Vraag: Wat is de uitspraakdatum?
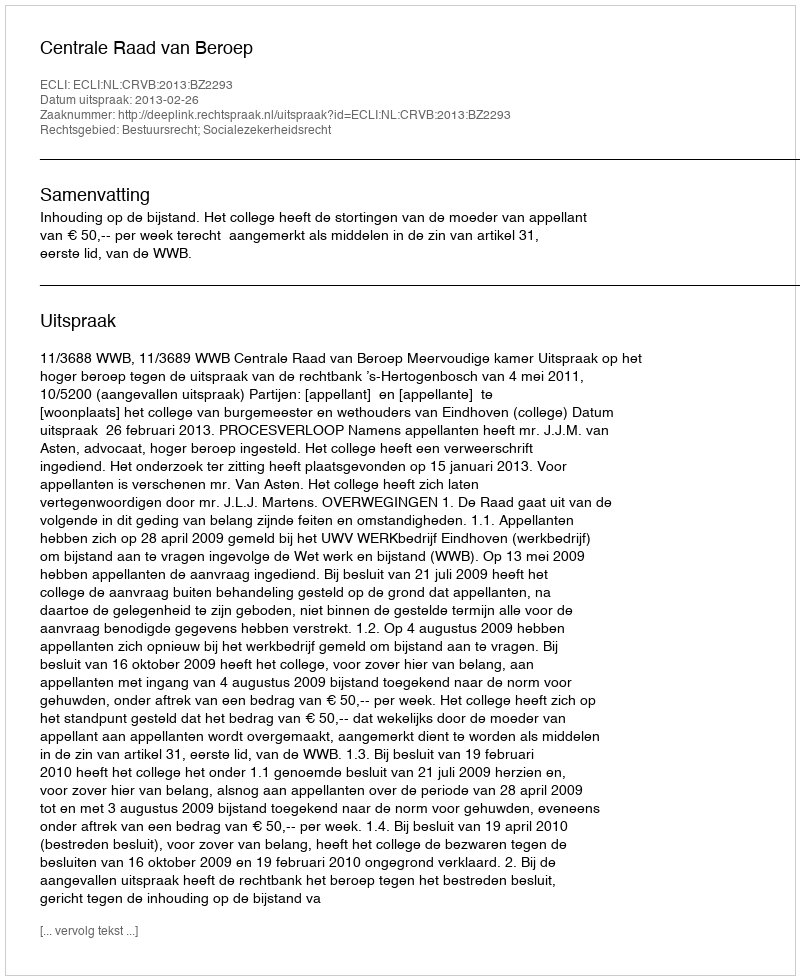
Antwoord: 2013-02-26